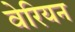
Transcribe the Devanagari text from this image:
वेरियन